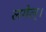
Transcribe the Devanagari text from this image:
लगेल्।